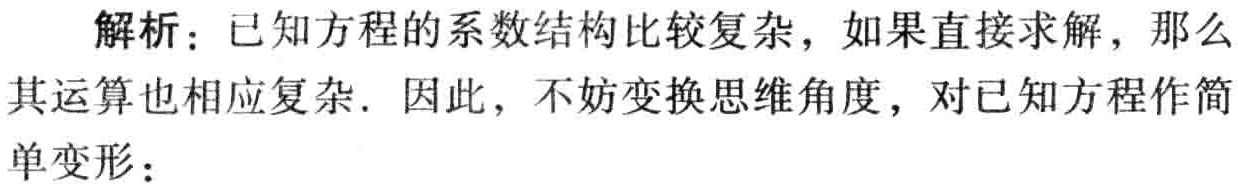
解析：已知方程的系数结构比较复杂，如果直接求解，那么其运算也相应复杂. 因此，不妨变换思维角度，对已知方程作简单变形：